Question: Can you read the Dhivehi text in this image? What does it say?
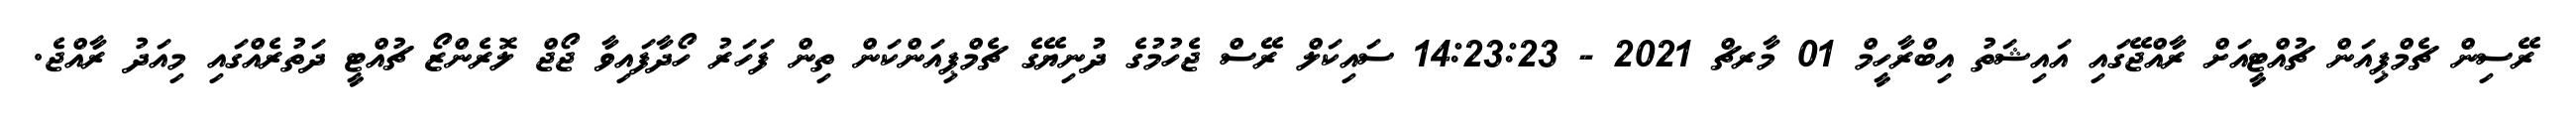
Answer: ރޭސިން ޗެމްޕިއަން ޗުއްޓީއަށް ރާއްޖޭގައި އައިޝަތު އިބްރާހީމް 01 މާރޗް 2021 - 14:23:23 ސައިކަލް ރޭސް ޖެހުމުގެ ދުނިޔޭގެ ޗެމްޕިއަންކަން ތިން ފަހަރު ހޯދާފައިވާ ޖޯޖް ލޮރެންޒޯ ޗުއްޓީ ދަތުރެއްގައި މިއަދު ރާއްޖެ.